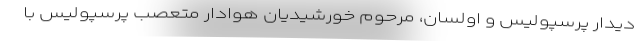
دیدار پرسپولیس و اولسان، مرحوم خورشیدیان هوادار متعصب پرسپولیس با